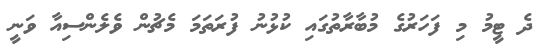
ދެ ޓީމު މި ފަހަރުގެ މުބާރާތުގައި ކުޅުނު ފުރަތަމަ މެޗުން ވެލެންސިއާ ވަނީ